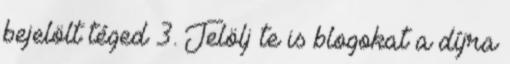
bejelölt téged 3. Jelölj te is blogokat a díjra